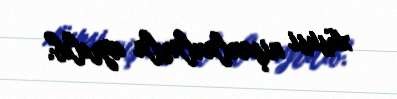
xüsusi nişanlanlarla ayrılıb.